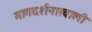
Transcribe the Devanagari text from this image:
मागदर्शनाखाली